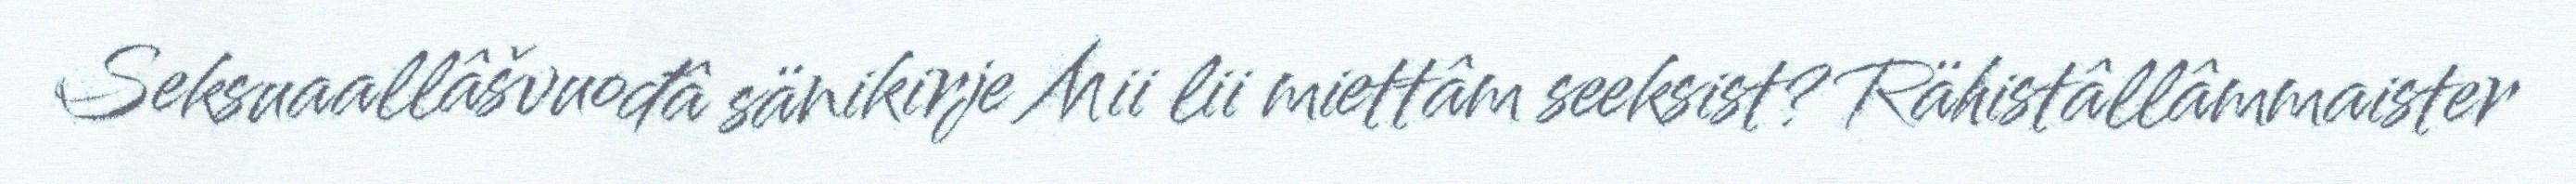
Seksuaallâšvuođâ sänikirje Mii lii miettâm seeksist? Rähistâllâmmaister